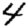
Digit: 4